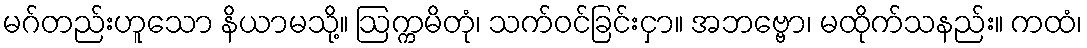
မဂ်တည်းဟူသော နိယာမသို့။ ဩက္ကမိတုံ၊ သက်ဝင်ခြင်းငှာ။ အဘဗ္ဗော၊ မထိုက်သနည်း။ ကထံ၊